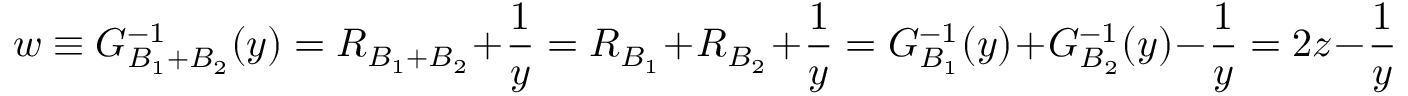
w \equiv G _ { B _ { 1 } + B _ { 2 } } ^ { - 1 } ( y ) = R _ { B _ { 1 } + B _ { 2 } } + \frac { 1 } { y } = R _ { B _ { 1 } } + R _ { B _ { 2 } } + \frac { 1 } { y } = G _ { B _ { 1 } } ^ { - 1 } ( y ) + G _ { B _ { 2 } } ^ { - 1 } ( y ) - \frac { 1 } { y } = 2 z - \frac { 1 } { y }